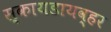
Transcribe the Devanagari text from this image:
स्कायडायव्हर